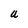
Character: U